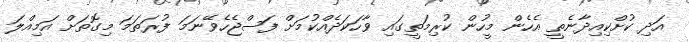
އަދި ކުށްކިއިދާނެތީ އެހެން މީހުން ކުރިމަތީގައި ވާހަކަދެއްކުމަށް ފަސްޖެހެވޭނަމަ ފުރަތަމަ މިގޮތަށް އަމިއްލަ